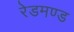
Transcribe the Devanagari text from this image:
रेडमण्ड